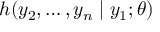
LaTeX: h ( y _ { 2 } , \dots , y _ { n } \mid y _ { 1 } ; \theta )